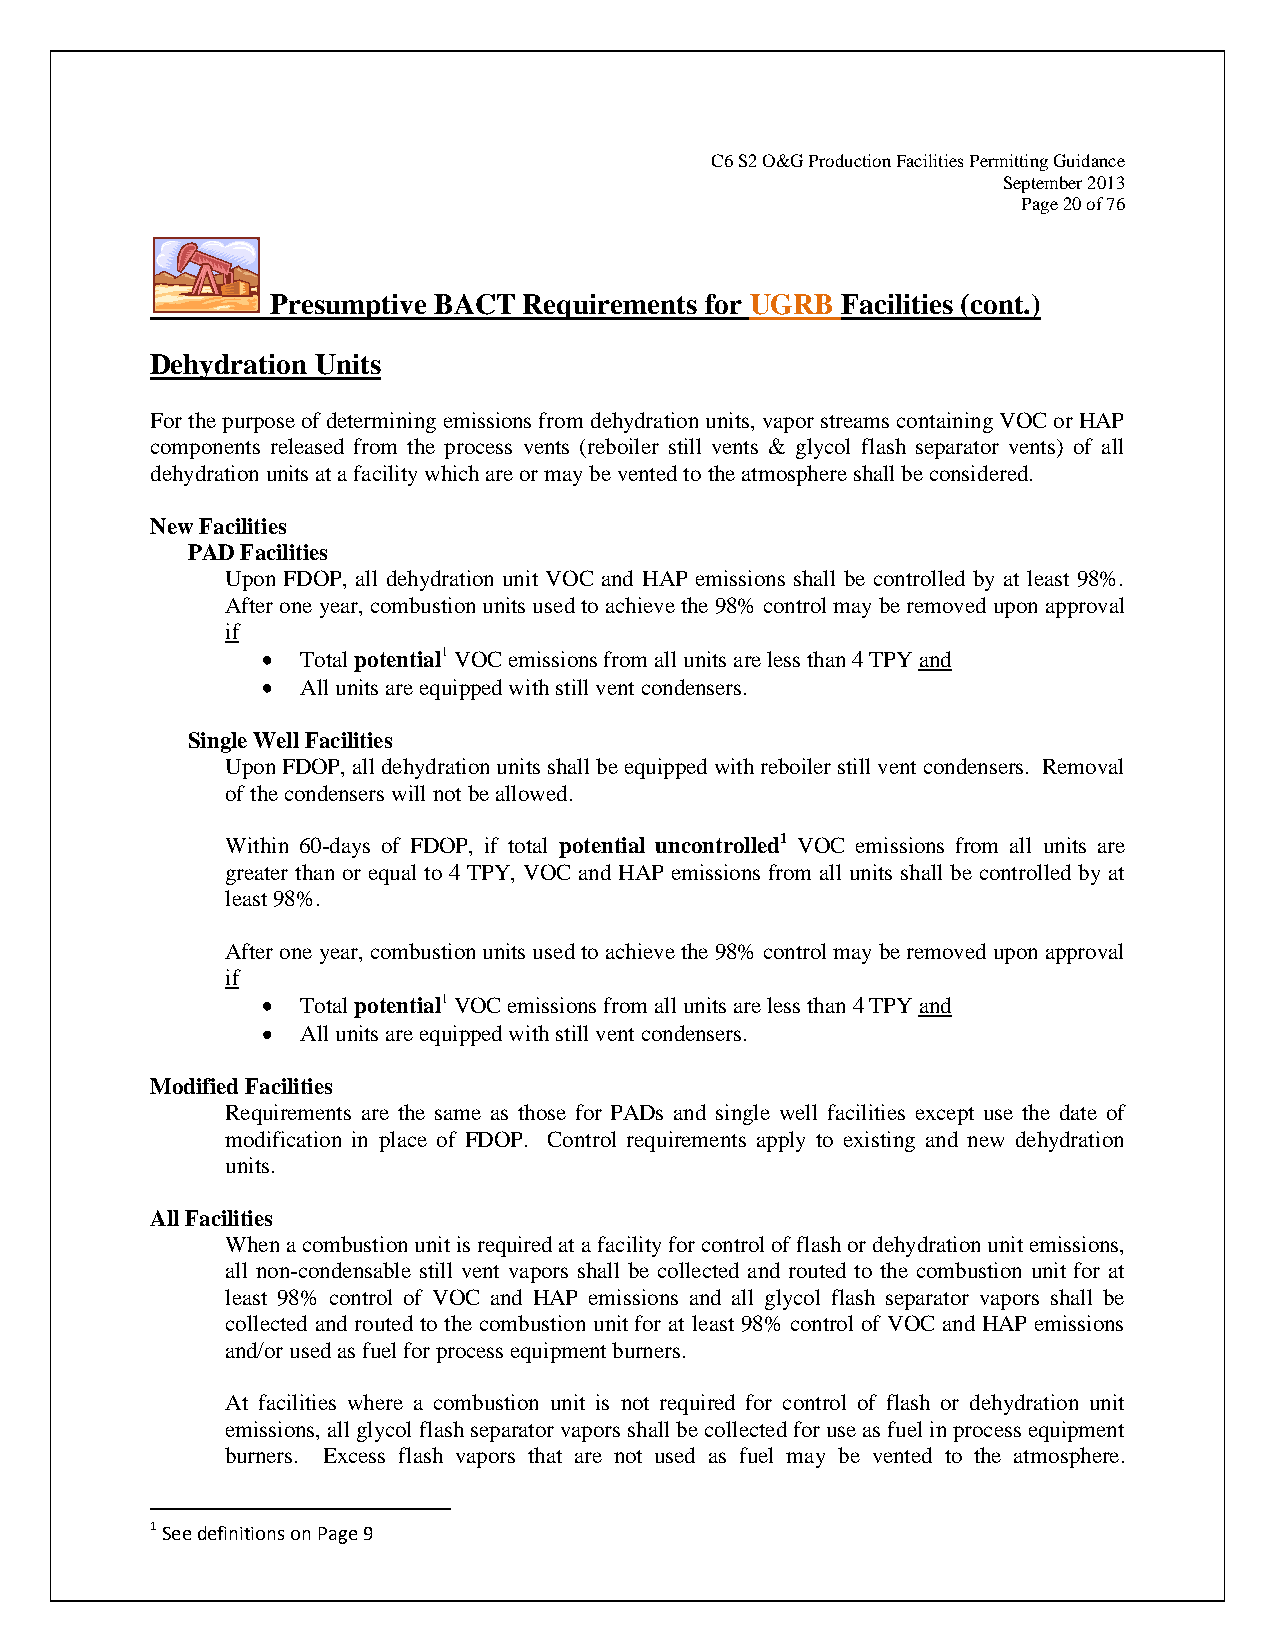
C6 S2 O&G Production Facilities Permitting Guidance
 September 2013
 Page 20 of 76
 Presumptive BACT Requirements for UGRB Facilities (cont.)
 Dehydration Units
 For the purpose of determining emissions from dehydration units, vapor streams containing VOC or HAP
 components released from the process vents (reboiler still vents & glycol flash separator vents) of all
 dehydration units at a facility which are or may be vented to the atmosphere shall be considered.
 New Facilities
 PAD Facilities
 Upon FDOP, all dehydration unit VOC and HAP emissions shall be controlled by at least 98%.
 After one year, combustion units used to achieve the 98% control may be removed upon approval
 if
 Total potential1 VOC emissions from all units are less than 4 TPY and
 All units are equipped with still vent condensers.
 Single Well Facilities
 Upon FDOP, all dehydration units shall be equipped with reboiler still vent condensers. Removal
 of the condensers will not be allowed.
 Within 60-days of FDOP, if total potential uncontrolled1 VOC emissions from all units are
 greater than or equal to 4 TPY, VOC and HAP emissions from all units shall be controlled by at
 least 98%.
 After one year, combustion units used to achieve the 98% control may be removed upon approval
 if
 Total potential1 VOC emissions from all units are less than 4 TPY and
 All units are equipped with still vent condensers.
 Modified Facilities
 Requirements are the same as those for PADs and single well facilities except use the date of
 modification in place of FDOP. Control requirements apply to existing and new dehydration
 units.
 All Facilities
 When a combustion unit is required at a facility for control of flash or dehydration unit emissions,
 all non-condensable still vent vapors shall be collected and routed to the combustion unit for at
 least 98% control of VOC and HAP emissions and all glycol flash separator vapors shall be
 collected and routed to the combustion unit for at least 98% control of VOC and HAP emissions
 and/or used as fuel for process equipment burners.
 At facilities where a combustion unit is not required for control of flash or dehydration unit
 emissions, all glycol flash separator vapors shall be collected for use as fuel in process equipment
 burners. Excess flash vapors that are not used as fuel may be vented to the atmosphere.
 1 See definitions on Page 9